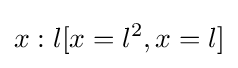
x:l[x=l^{2},x=l]